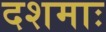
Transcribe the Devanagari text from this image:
दशमाः